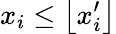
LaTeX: x_{i}\leq\left\lfloor x_{i}^{\prime}\right\rfloor